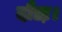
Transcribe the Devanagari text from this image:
दौडा़।